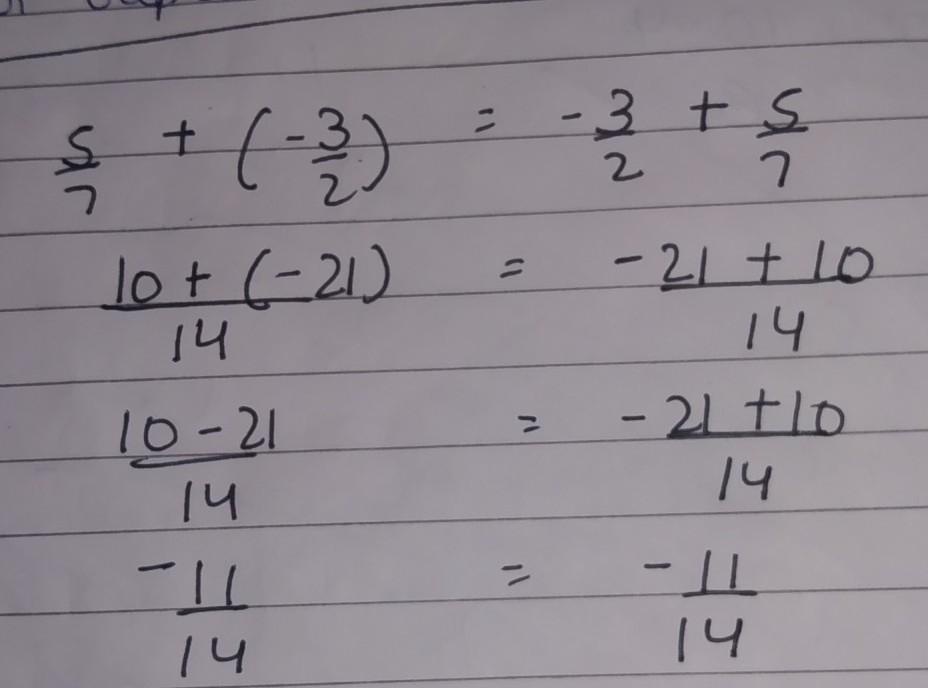
\[
\begin{align*}
\frac{5}{7}+(-\frac{3}{2})&=-\frac{3}{2}+\frac{5}{7}\\
\frac{10 + (-21)}{14}&=\frac{-21 + 10}{14}\\
\frac{10 - 21}{14}&=\frac{-21 + 10}{14}\\
-\frac{11}{14}&=-\frac{11}{14}
\end{align*}
\]